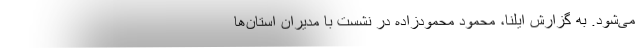
می‌شود. به گزارش ایلنا، محمود محمودزاده در نشست با مدیران استان‌ها